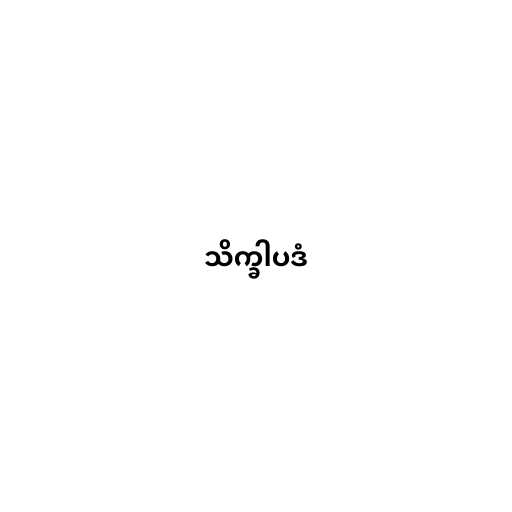
သိက္ခါပဒံ